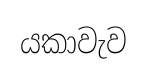
යකාවැව